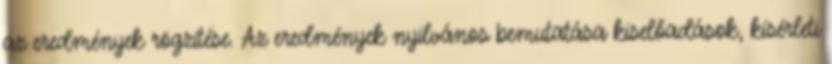
az eredmények rögzítése. Az eredmények nyilvános bemutatása kiselőadások, kísérleti